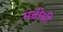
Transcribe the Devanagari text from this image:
मढीची